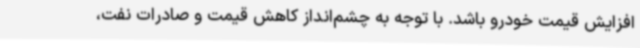
افزایش قیمت خودرو باشد. با توجه به چشم‌انداز کاهش قیمت و صادرات نفت،